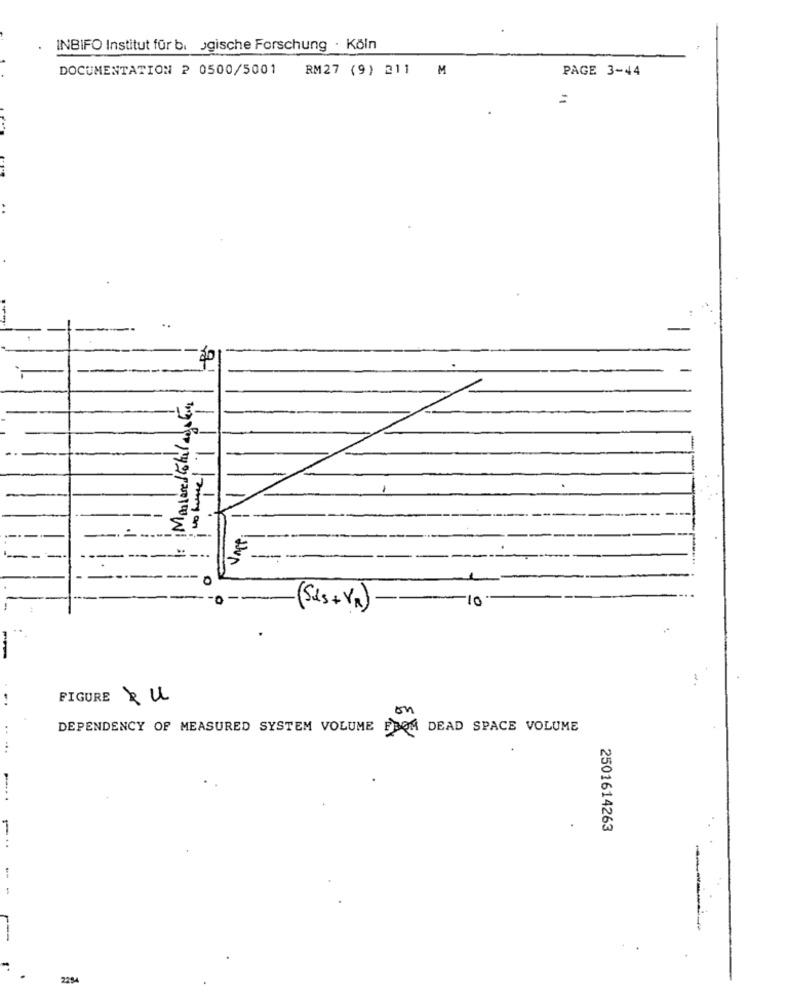
INBIFO Institut für bi gische Forschung · Köln
DOCUMENTATION ₽ 0500/5001
RM27 (9) 211 M
PAGE 3-44
=
Mastered total destur
-
----
-
(Sds+ VR) ---
-10
-
FIGURE Zu
on
..
DEPENDENCY OF MEASURED SYSTEM VOLUME FROM
DEAD SPACE VOLUME
2501614263
--
2284